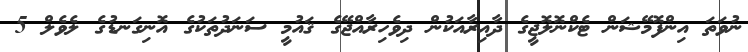
ނުވަތަ އިންފޮމޭޝަން ޓެކްނޮލޮޖީގެ ދާއިރާއަކުން ދިވެހިރާއްޖޭގެ ޤައުމީ ސަނަދުތަކުގެ އޮނިގަނޑުގެ ލެވެލް 5